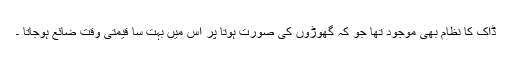
ڈاک کا نظام بھی موجود تھا جو کہ گھوڑوں کی صورت ہوتا پر اس میں بہت سا قیمتی وقت ضائع ہوجاتا ۔